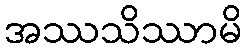
အဿသိဿာမိ